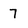
Character: 7